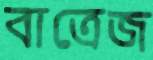
বাত্রেজ